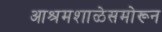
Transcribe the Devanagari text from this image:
आश्रमशाळेसमोरून